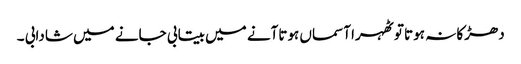
دھڑکا نہ ہوتا تو ٹھہرا آسماں ہوتاآنے میں بیتابی جانے میں شادابی ۔